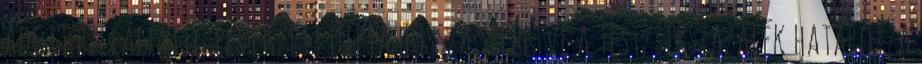
adott pillanatig elvégzett diéta hossza, illetve a testzsírszázalék határozza